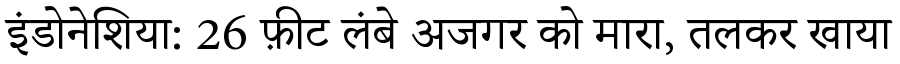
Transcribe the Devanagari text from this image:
इंडोनेशिया: 26 फ़ीट लंबे अजगर को मारा, तलकर खाया